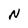
Character: N